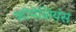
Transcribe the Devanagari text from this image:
फोनेशियंस